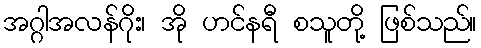
အဂ္ဂါအလန်ဂိုး၊ အို ဟင်နရီ စသူတို့ ဖြစ်သည်။